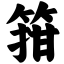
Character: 箝